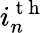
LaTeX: i_{n}^{\mathrm{~t~h~}}